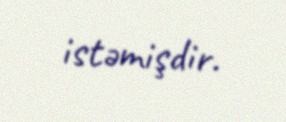
istəmişdir.